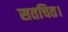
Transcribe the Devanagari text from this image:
सतचित।